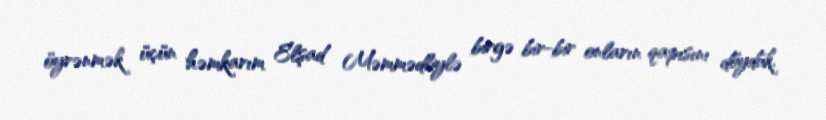
öyrənmək üçün həmkarım Elşad Məmmədliylə birgə bir-bir onların qapısını döydük.